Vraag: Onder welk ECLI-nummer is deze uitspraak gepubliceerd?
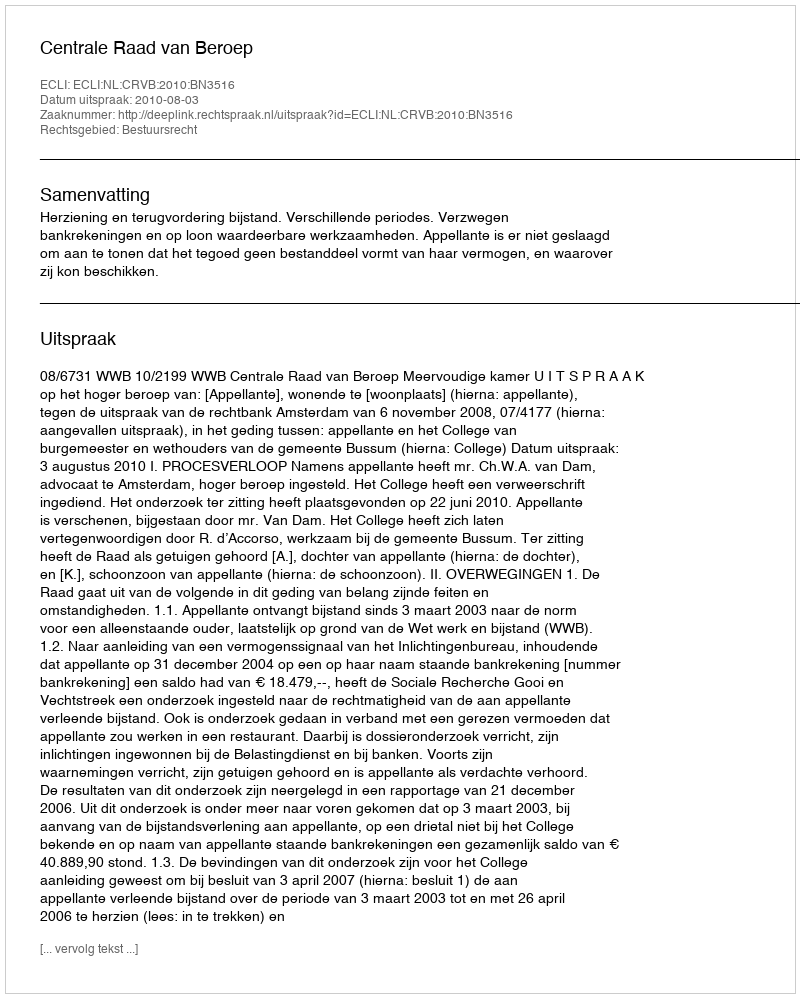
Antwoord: ECLI:NL:CRVB:2010:BN3516